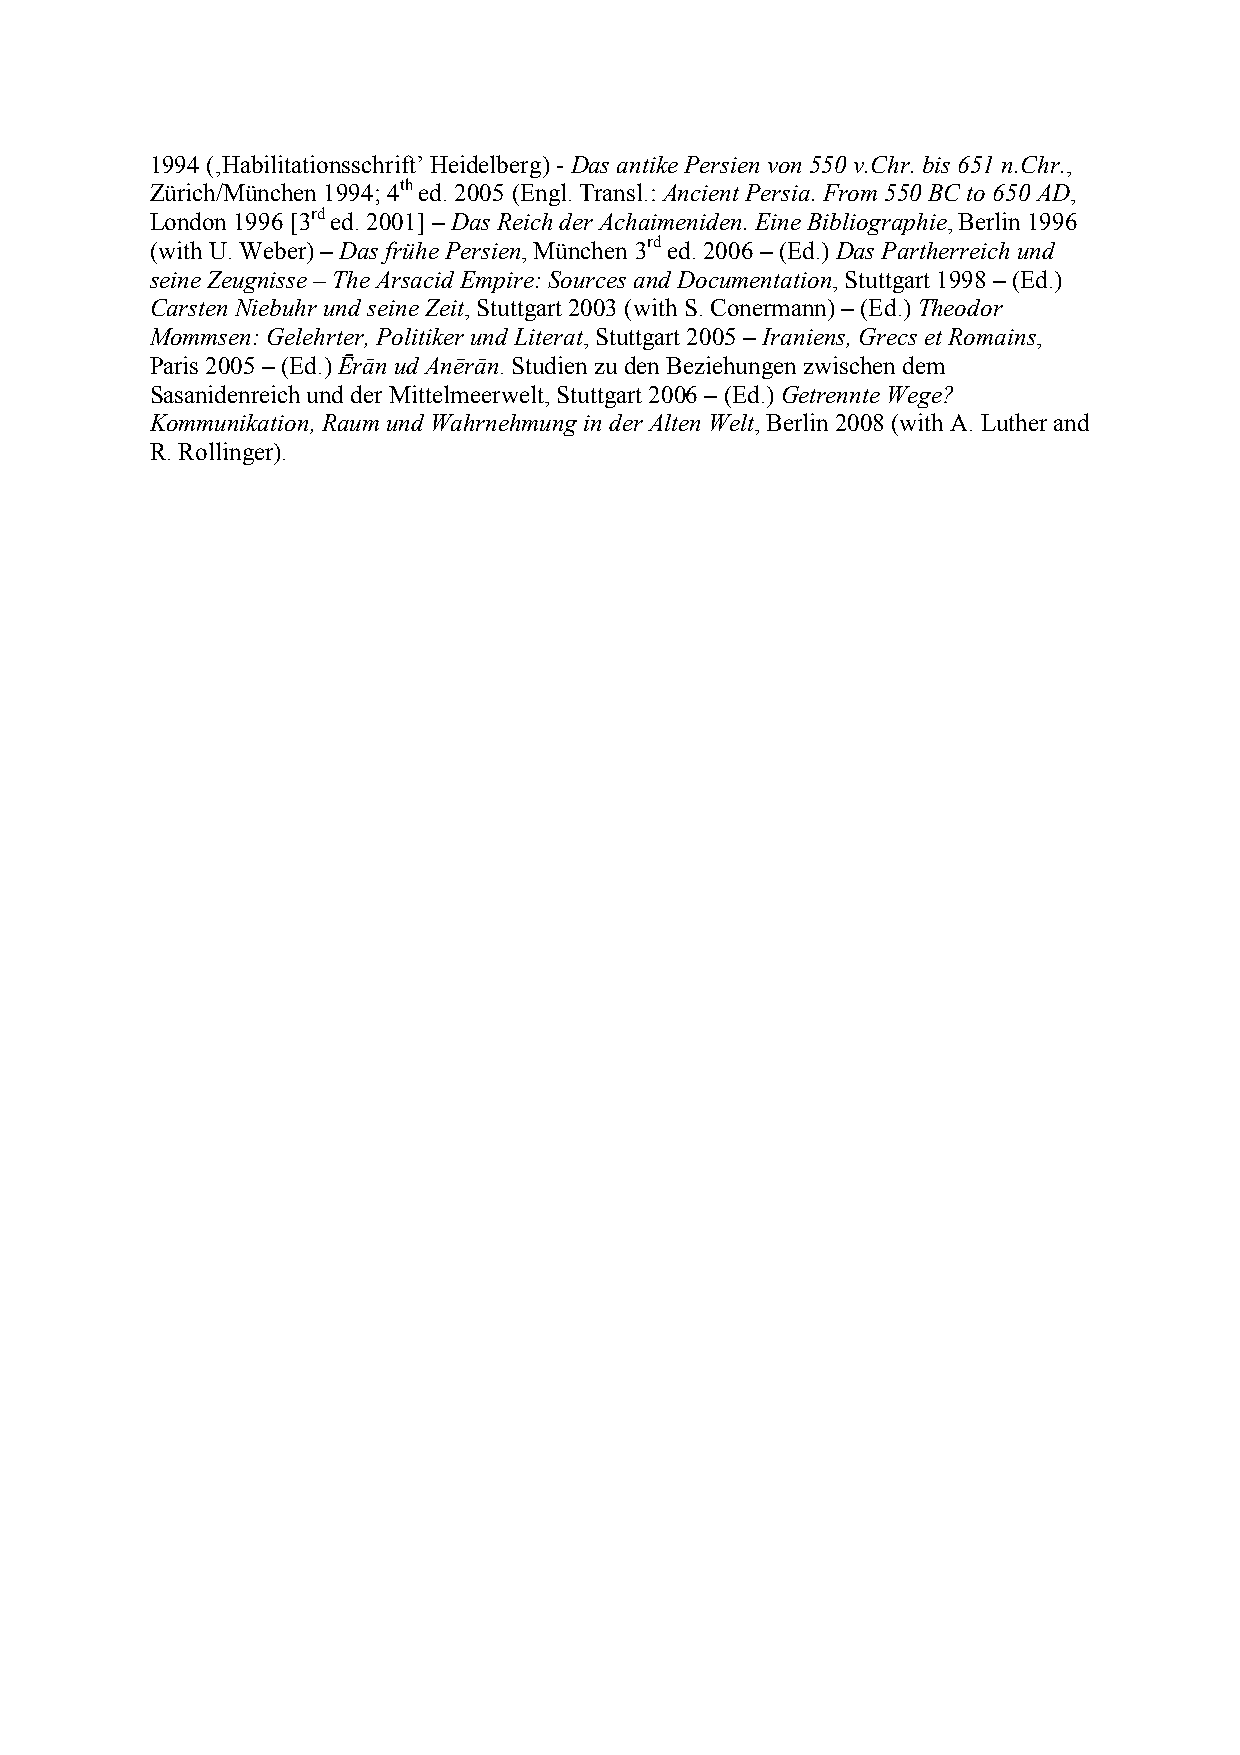
1994 (‚Habilitationsschrift’ Heidelberg) - Das antike Persien von 550 v.Chr. bis 651 n.Chr.,
 Zürich/München 1994; 4th ed. 2005 (Engl. Transl.: Ancient Persia. From 550 BC to 650 AD,
 London 1996 [3rd ed. 2001] – Das Reich der Achaimeniden. Eine Bibliographie, Berlin 1996
 (with U. Weber) – Das frühe Persien, München 3rd ed. 2006 – (Ed.) Das Partherreich und
 seine Zeugnisse – The Arsacid Empire: Sources and Documentation, Stuttgart 1998 – (Ed.)
 Carsten 8iebuhr und seine Zeit, Stuttgart 2003 (with S. Conermann) – (Ed.) Theodor
 Mommsen: Gelehrter, Politiker und Literat, Stuttgart 2005 – Iraniens, Grecs et Romains,
 Paris 2005 – (Ed.) Ērān ud Anērān. Studien zu den Beziehungen zwischen dem
 Sasanidenreich und der Mittelmeerwelt, Stuttgart 2006 – (Ed.) Getrennte Wege?
 Kommunikation, Raum und Wahrnehmung in der Alten Welt, Berlin 2008 (with A. Luther and
 R. Rollinger).